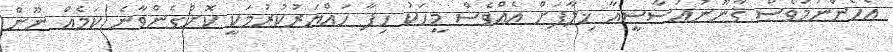
އެހެންނަމަވެސް ޤާނޫނުއަސާސީއާ ޚިލާފަށް އެއްވެސް މީހަކު ހިފާ ހައްޔަރުކުރުމަކީ ކޮށްގެންވާނެ ކަމެއް ނޫން